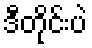
ဒီတိုင်းပဲ